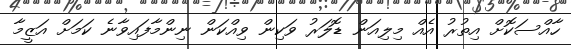
ހާއްސަކޮށް އިތުރު އެއް މިލިއަން ޑޮލަރު ވަކިން ވިއްކަން ނިންމާފައިވާނެ ކަމަށް އަޒީމާ